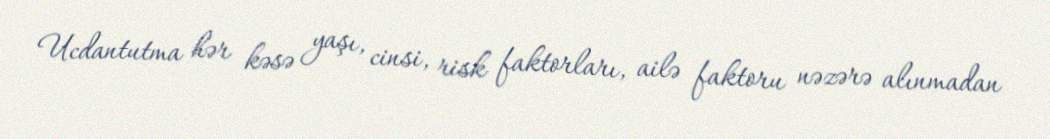
Ucdantutma hər kəsə yaşı, cinsi, risk faktorları, ailə faktoru nəzərə alınmadan